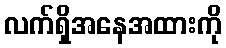
လက်ရှိအနေအထားကို